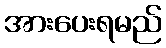
အားပေးရမည်